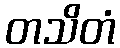
တသိတံ